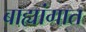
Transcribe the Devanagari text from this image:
बाह्यांगात